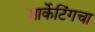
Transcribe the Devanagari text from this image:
मार्केटिंगचा